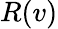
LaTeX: R(v)